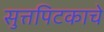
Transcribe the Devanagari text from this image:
सुत्तपिटकाचे